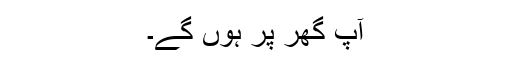
آپ گھر پر ہوں گے۔